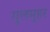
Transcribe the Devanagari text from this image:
गुलमुहर